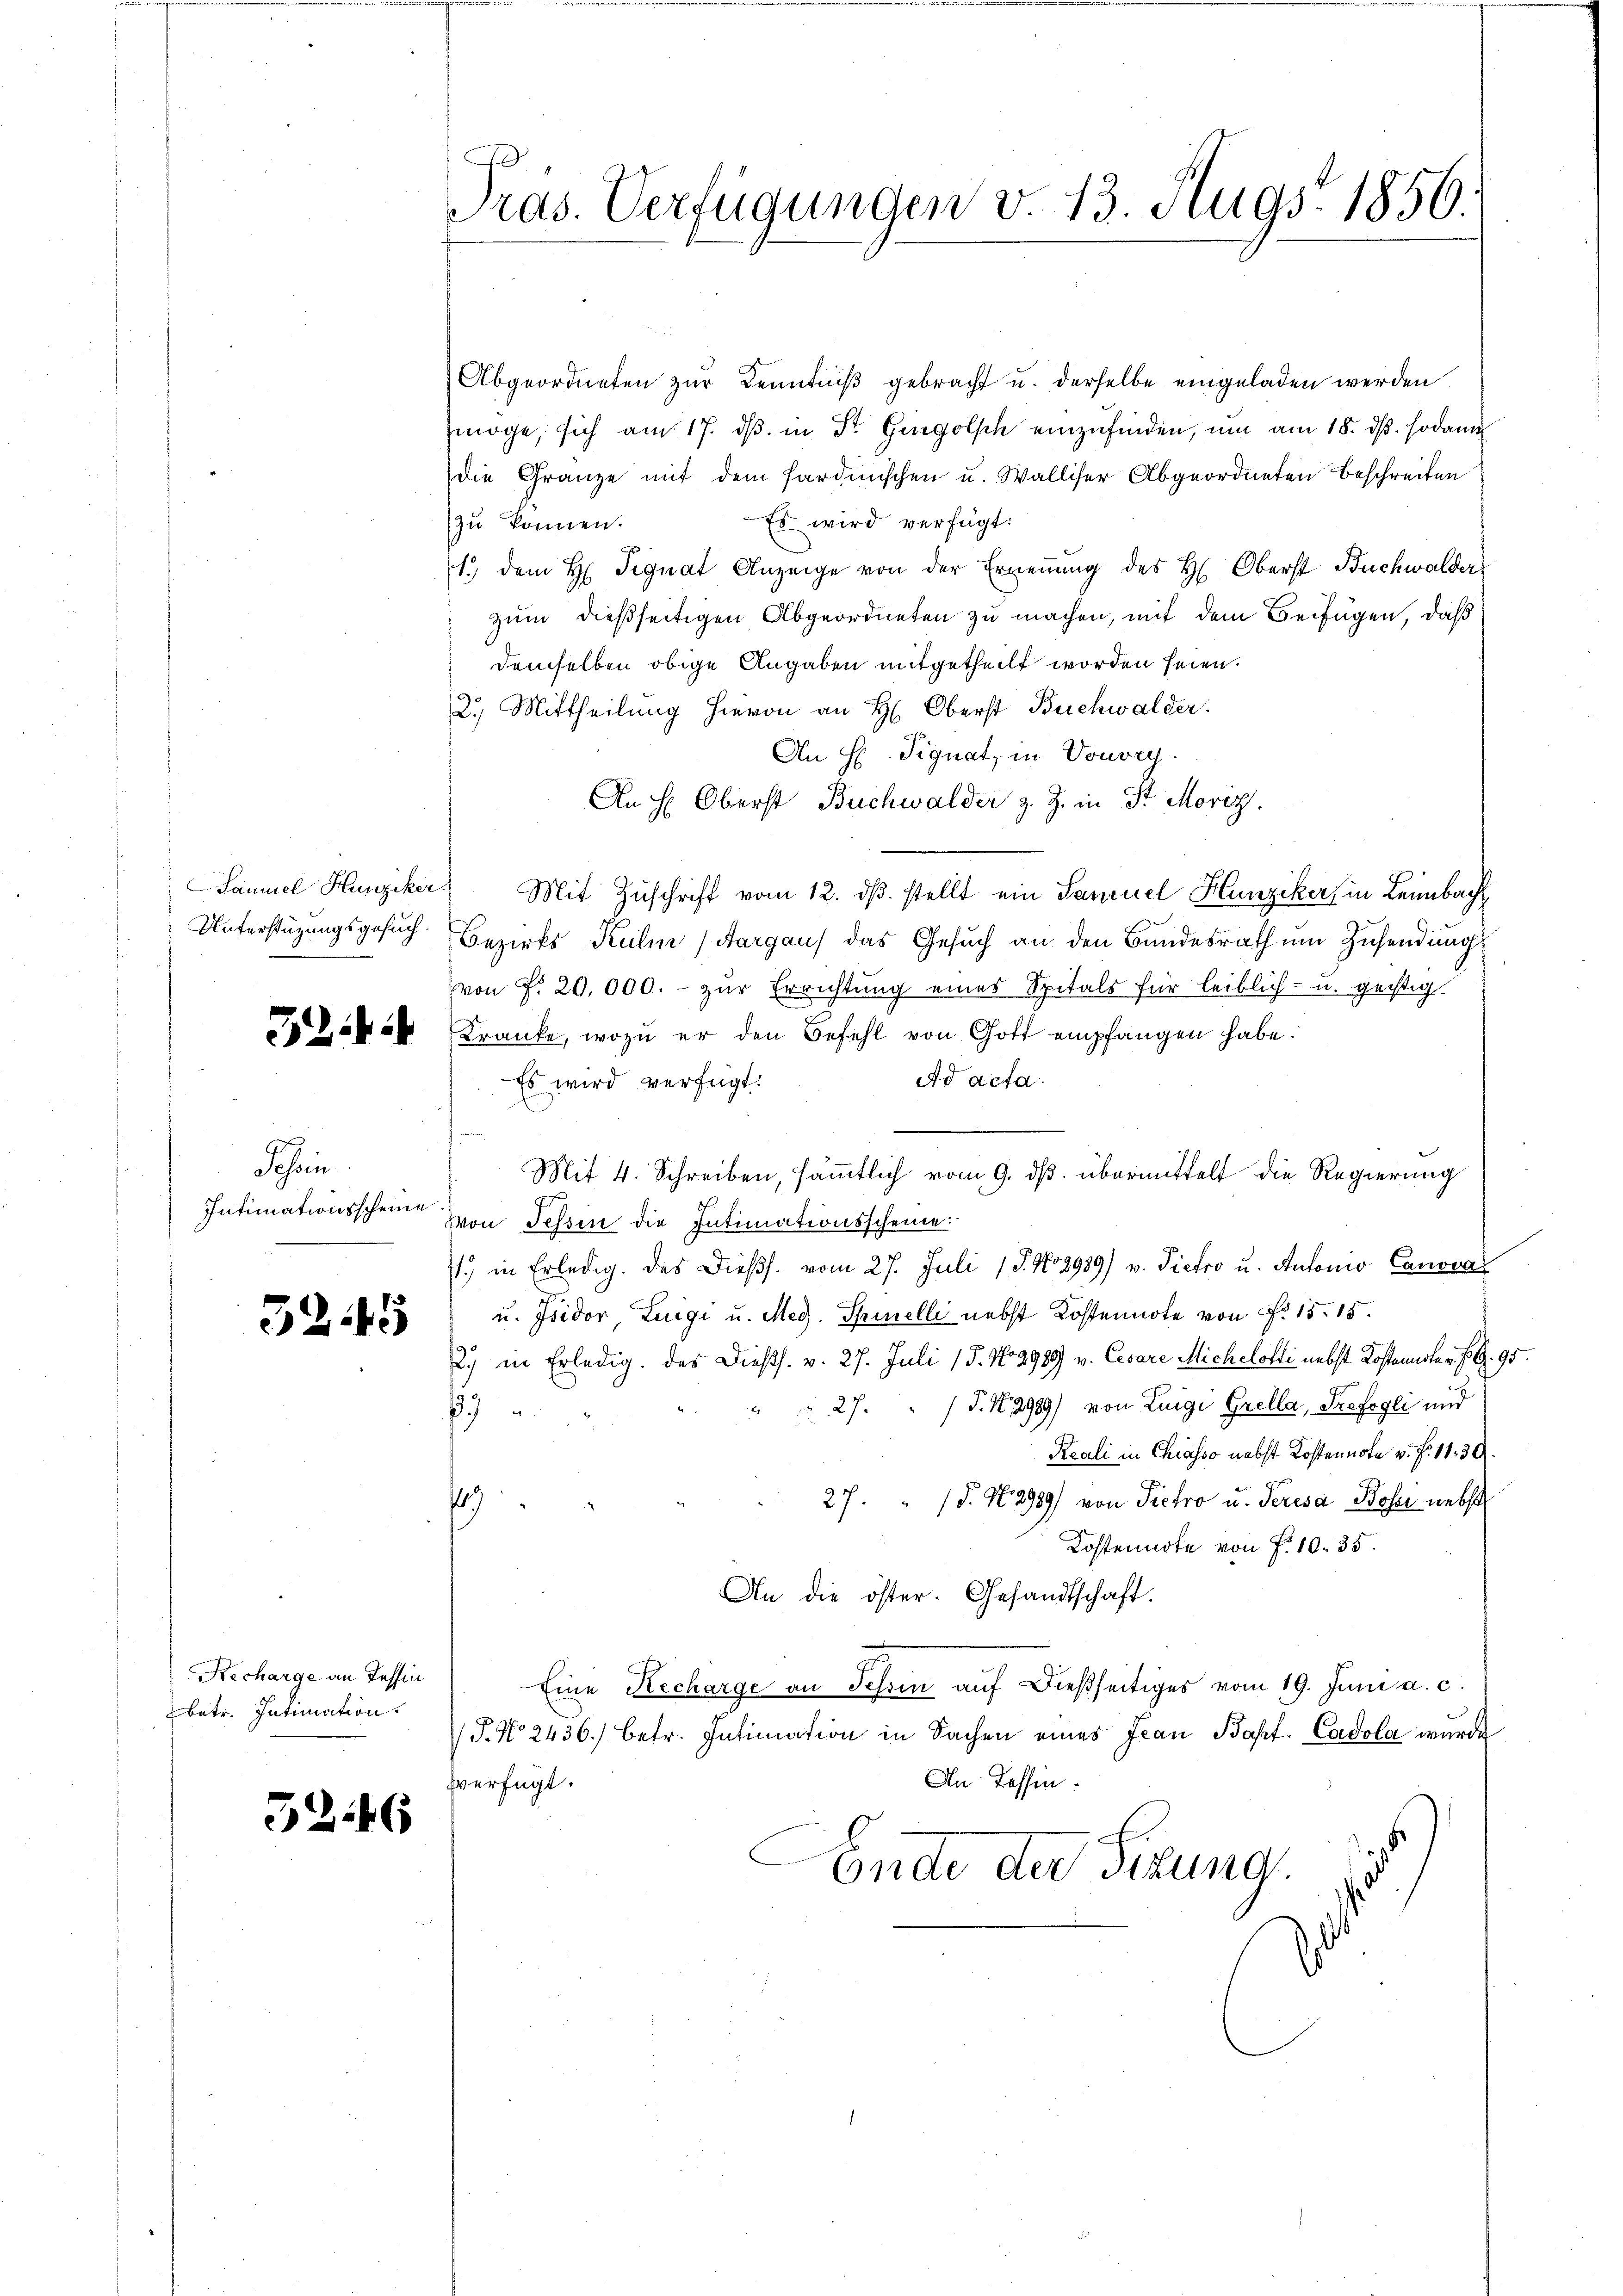
Unterstüzungsgesuch.

344

9
Tessin
Intimationsscheine

52.15

Recharge an Tessin
betr. Intimation.

5246

d
Pras. Verfügungen v. 13. Augs. 1856.

Abgeordneten zur Kenntniß gebracht u. derselbe eingeladen werden
möge, sich am 17. dβ in St. Gingolsch einzŭfinden, ŭm am 18. dβ. sodann
die Gränze mit dem Hardinischen u. Walliser Abgeordneten beschreiten
Es wird verfügt:
zu können.
p
1.) dem H Signat Anzeige von der Ernennung des H. Oberst Buchwalder
zum dießseitigen Abgeordneten zu machen, mit dem Beifügen, daß
demselben obige Angaben mitgetheilt worden seien.
2.) Mittheilung hievon an H: Oberst Buchwalder.
An H. Signat, in Vouvry.
An H: Oberst Buchwalder z. Z. in St. Moriz
Samuel Hunziker Mit Zuschrift vom 12. dβ. stellt ein Samuel Hunziker, in Leimbach
Bezirks Kulm (Aargau) das Gesuch an den Bundesrath um Zusendung
von f. 20,000.- zŭr Errichtung eines Spitals für leiblich- u. geistig
Kranke, wozu er den Befehl von Gott empfangen habe.
Es wird verfügt:
Ad acta.
Mit 4. Schreiben, sämmtlich vom 9. ds. übermittelt die Regierung
Von Tessin die Intimationsscheine.
1.) in Erledig des Diess. vom 27. Juli 18. No 2989) v. Pietro u. Antonio Canoval
u. Isidor, Luigi u. Meg. Spinelli nebst Kostennote von Fr. 15. 15.
2.) in Erledig, des Diess. v. 27. Juli 15. No 2989 v. Cesare Michelotti nebst Kostaniste v. J. G. 95.
 27. " J. N. 1989) von Luigi Grella, Profegli und

Reali in Chiasso nebst Kostennote v. Fr. 1130.
27. P. N. 2989) von Pietro u. Peresa Böser nebst
19
Kostennote von P. 10. 35.
An die öster. Gesandtschaft.
Eine Recharge an Schin auf dießseitiges vom 19. Juni a. c.
J. No 2436) betr. Intimation in Sachen eines Jean Bapt. Cadola wurde
An Tessin.
verfügt:
Ende der Sizung.